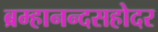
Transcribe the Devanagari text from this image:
ब्रम्हानन्दसहोदर